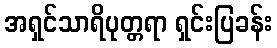
အရှင်သာရိပုတ္တရာ ရှင်းပြခန်း